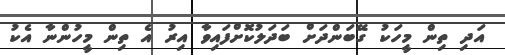
އަދި ތިން މީހަކު ގޭބަންދަށް ބަދަލުކޮށްފައިވާ އިރު އެ ތިން މީހުންނާ އެކު